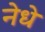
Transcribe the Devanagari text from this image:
नेधे